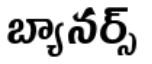
బ్యానర్స్